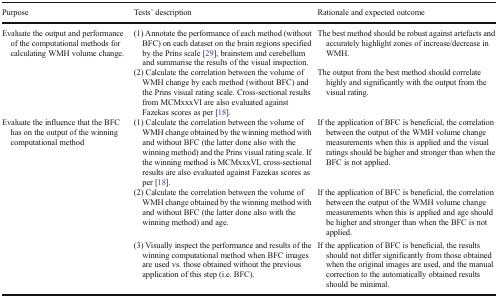
<table><thead><tr><td><b>Purpose</b></td><td><b>Tests’ description</b></td><td><b>Rationale and expected outcome</b></td></tr></thead><tbody><tr><td rowspan="2">Evaluate the output and performance of the computational methods for calculating WMH volume change.</td><td>(1) Annotate the performance of each method (without BFC) on each dataset on the brain regions specified by the Prins scale [29], brainstem and cerebellum and summarise the results of the visual inspection.</td><td>The best method should be robust against artefacts and accurately highlight zones of increase/decrease in WMH.</td></tr><tr><td>(2) Calculate the correlation between the volume of WMH change by each method (without BFC) and the Prins visual rating scale. Cross-sectional results from MCMxxxVI are also evaluated against Fazekas scores as per [18].</td><td>The output from the best method should correlate highly and significantly with the output from the visual rating.</td></tr><tr><td rowspan="3">Evaluate the influence that the BFC has on the output of the winning computational method</td><td>(1) Calculate the correlation between the volume of WMH change obtained by the winning method with and without BFC (the latter done also with the winning method) and the Prins visual rating scale. If the winning method is MCMxxxVI, cross-sectional results are also evaluated against Fazekas scores as per [18].</td><td>If the application of BFC is beneficial, the correlation between the output of the WMH volume change measurements when this is applied and the visual ratings should be higher and stronger than when the BFC is not applied.</td></tr><tr><td>(2) Calculate the correlation between the volume of WMH change obtained by the winning method with and without BFC (the latter done also with the winning method) and age.</td><td>If the application of BFC is beneficial, the correlation between the output of the WMH volume change measurements when this is applied and age should be higher and stronger than when the BFC is not applied.</td></tr><tr><td>(3) Visually inspect the performance and results of the winning computational method when BFC images are used vs. those obtained without the previous application of this step (i.e. BFC).</td><td>If the application of BFC is beneficial, the results should not differ significantly from those obtained when the original images are used, and the manual correction to the automatically obtained results should be minimal.</td></tr></tbody></table>